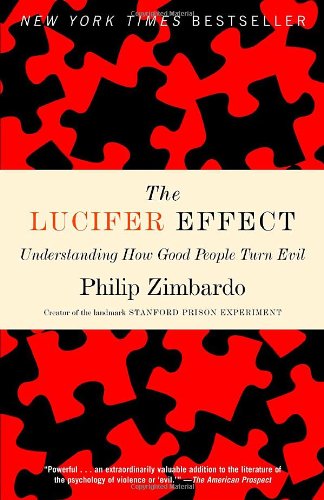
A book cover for The Lucifer Effect: Understanding How Good People Turn Evil; Philip Zimbardo; Medical Books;